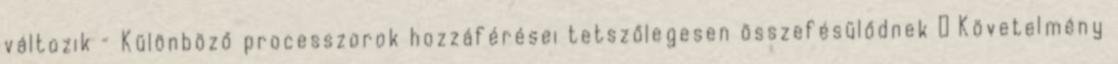
változik – Különböző processzorok hozzáférései tetszőlegesen összefésülődnek ● Követelmény